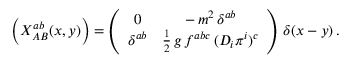
\Bigl ( X _ { A B } ^ { a b } ( x , y ) \Bigr ) = \left( \begin{array} { c c } { { 0 } } & { { - \, m ^ { 2 } \, \delta ^ { a b } } } \\ { { \delta ^ { a b } } } & { { \frac { 1 } { 2 } \, g \, f ^ { a b c } \, ( D _ { i } \pi ^ { i } ) ^ { c } } } \end{array} \right) \, \delta ( x - y ) \, .